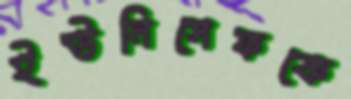
ইউনিসেফকে